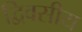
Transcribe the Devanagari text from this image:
द्विवसीय